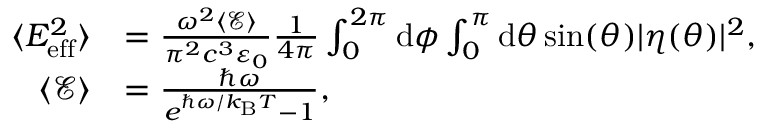
\begin{array} { r l } { \langle E _ { \mathrm { e f f } } ^ { 2 } \rangle } & { = \frac { \omega ^ { 2 } \langle \mathcal { E } \rangle } { \pi ^ { 2 } c ^ { 3 } \varepsilon _ { 0 } } \frac { 1 } { 4 \pi } \int _ { 0 } ^ { 2 \pi } \mathrm { d } \phi \int _ { 0 } ^ { \pi } \mathrm { d } \theta \sin ( \theta ) | \eta ( \theta ) | ^ { 2 } , } \\ { \langle \mathcal { E } \rangle } & { = \frac { \hbar \omega } { e ^ { \hbar \omega / k _ { \mathrm { B } } T } - 1 } , } \end{array}